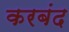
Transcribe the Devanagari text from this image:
करबंद